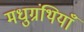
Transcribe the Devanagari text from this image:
मधुग्रंथियाँ